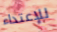
للإعتداء